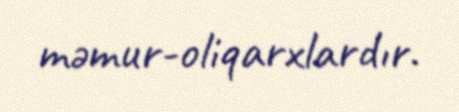
məmur-oliqarxlardır.